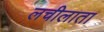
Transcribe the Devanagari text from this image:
लचीलाता